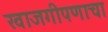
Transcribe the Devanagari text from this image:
खाजगीपणाचा